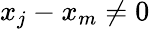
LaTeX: x_{j}-x_{m}\neq 0